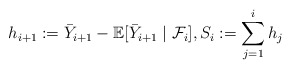
\begin{align*} h_{i+1}:= \bar Y_{i+1} - \mathbb E[\bar Y_{i+1} \mid \mathcal F_i], S_i:=\sum_{j = 1}^i h_j\end{align*}